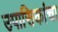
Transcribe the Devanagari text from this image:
उपासिकांचा